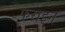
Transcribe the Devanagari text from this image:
फराइन